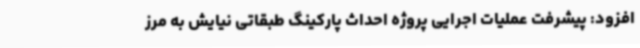
افزود: پیشرفت عملیات اجرایی پروژه احداث پارکینگ طبقاتی نیایش به مرز